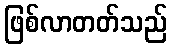
ဖြစ်လာတတ်သည်